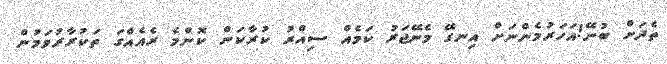
ތެދަށް ބުނޭ!އަހަރުމެންނަށް އިނގޭ މެނޭޖަރު ކަމެއް ސިއްރު ކުރާކަން ކޮންމެ ރެއެއްގަ ތަކުރާރުވަމުން